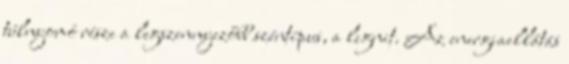
túlnyomó része a legszennyezőbb széntípus, a lignit. Az energiaellátás